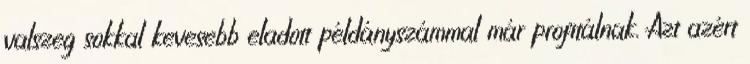
valszeg sokkal kevesebb eladott példányszámmal már profitálnak. Azt azért